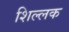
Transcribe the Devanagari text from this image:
शिल्‍लक